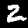
Label: 2